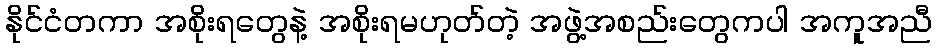
နိုင်ငံတကာ အစိုးရတွေနဲ့ အစိုးရမဟုတ်တဲ့ အဖွဲ့အစည်းတွေကပါ အကူအညီ